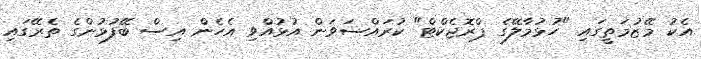
އެކު މޭޒުމަތީގައި "ހުޅުމާލޭގެ ޕްރޮޖެކްޓް" ކުރައްސަވަން އުޅުއްވި އެހެން އިސް ބޭފުޅުންގެ ތެރޭގައި